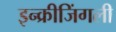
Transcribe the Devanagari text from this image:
इन्क्रीजिंगली